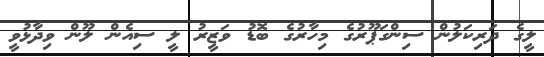
ލީގެ ދަރިކަލުން ސިންގަޕޫރުގެ މިހާރުގެ ބޮޑު ވަޒީރު ލީ ސިއެން ލޫން ވިދާޅުވީ